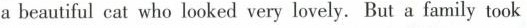
a beautiful cat who looked very lovely. But a family took